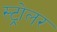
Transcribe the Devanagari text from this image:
स्ट्रोलर